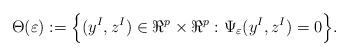
LaTeX: \begin{align*} \Theta (\varepsilon):=\Big\{(y^I,z^I) \in \Re^p \times \Re^p: \Psi_{\varepsilon}(y^I,z^I)=0\Big\}. \end{align*}